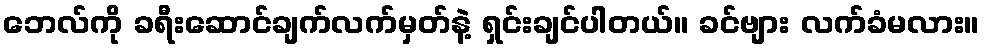
ဘေလ်ကို ခရီးဆောင်ချက်လက်မှတ်နဲ့ ရှင်းချင်ပါတယ်။ ခင်ဗျား လက်ခံမလား။